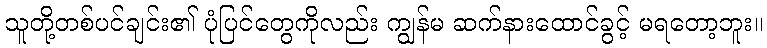
သူတို့တစ်ပင်ချင်း၏ ပုံပြင်တွေကိုလည်း ကျွန်မ ဆက်နားထောင်ခွင့် မရတော့ဘူး။